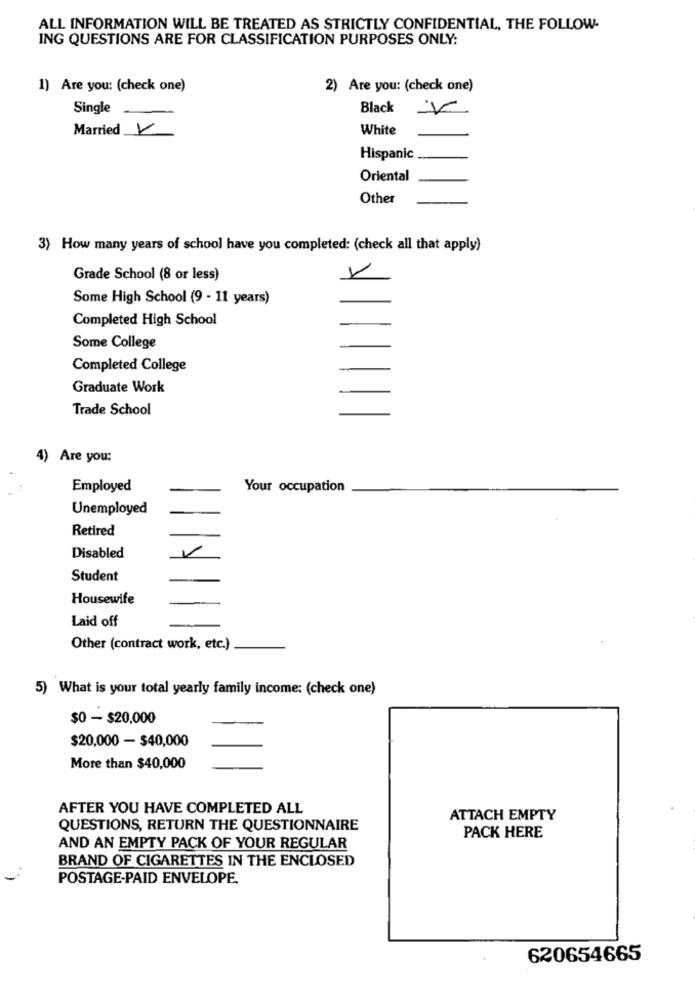
ALL INFORMATION WILL BE TREATED AS STRICTLY CONFIDENTIAL, THE FOLLOW-
ING QUESTIONS ARE FOR CLASSIFICATION PURPOSES ONLY:
1) Are you: (check one)
2) Are you: (check one)
Single
Black V
Married V
White
Hispanic
Oriental
Other
3) How many years of school have you completed: (check all that apply)
Grade School (8 or less)
Some High School (9 - 11 years)
Completed High School
Some College
Completed College
Graduate Work
Trade School
Are you:
Employed
Your occupation
Unemployed
Retired
Disabled
Student
Housewife
Laid off
Other (contract work, etc.)
5) What is your total yearly family income: (check one)
$0 - $20,000
$20,000 - $40,000
More than $40,000
AFTER YOU HAVE COMPLETED ALL
ATTACH EMPTY
QUESTIONS, RETURN THE QUESTIONNAIRE
PACK HERE
AND AN EMPTY PACK OF YOUR REGULAR
BRAND OF CIGARETTES IN THE ENCLOSED
POSTAGE-PAID ENVELOPE.
620654665